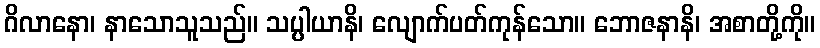
ဂိလာနော၊ နာသောသူသည်။ သပ္ပါယာနိ၊ လျောက်ပတ်ကုန်သော။ ဘောဇနာနိ၊ အစာတို့ကို။